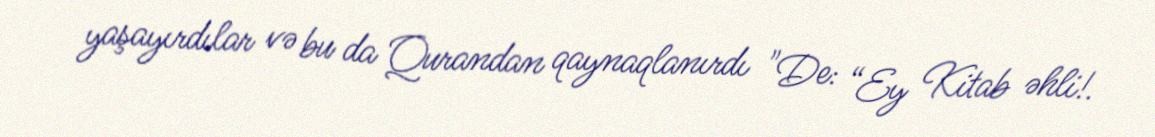
yaşayırdılar və bu da Qurandan qaynaqlanırdı "De: “Ey Kitab əhli!.